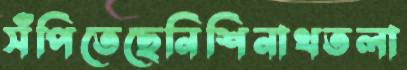
সঁপিতেছেনিশিনাথতলা